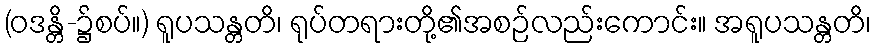
(ဝဒန္တိ-၌စပ်။) ရူပသန္တတိ၊ ရုပ်တရားတို့၏အစဉ်လည်းကောင်း။ အရူပသန္တတိ၊